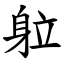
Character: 䠴